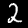
Digit: 2